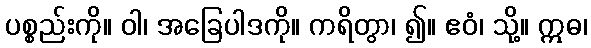
ပစ္စည်းကို။ ဝါ၊ အခြေပါဒကို။ ကရိတွာ၊ ၍။ ဧဝံ၊ သို့။ ဣဓ၊